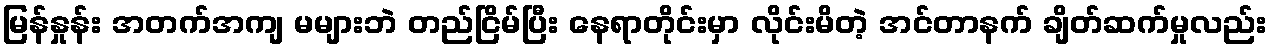
မြန်နှုန်း အတက်အကျ မများဘဲ တည်ငြိမ်ပြီး နေရာတိုင်းမှာ လိုင်းမိတဲ့ အင်တာနက် ချိတ်ဆက်မှုလည်း